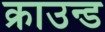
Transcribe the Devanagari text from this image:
क्राउन्ड